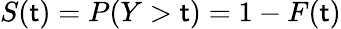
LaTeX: S(\mathsf{t})=P(Y>\mathsf{t})=1-F(\mathsf{t})